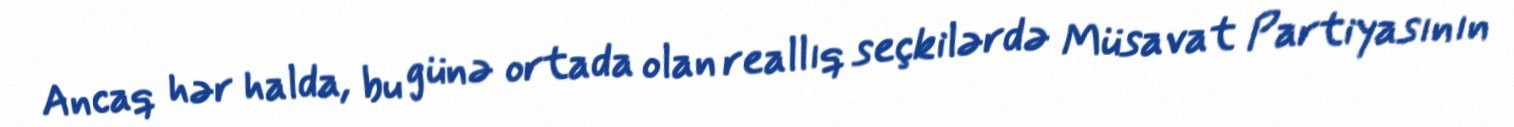
Ancaq hər halda, bu günə ortada olan reallıq seçkilərdə Müsavat Partiyasının